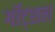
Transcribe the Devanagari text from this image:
गॉट्शल